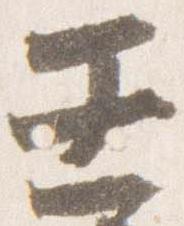
壬